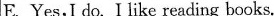
E. Yes,I do.I like reading books.